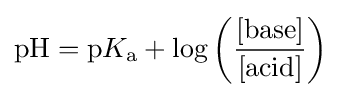
\mathrm {pH} =\mathrm {p} K_{\mathrm {a} }+\log \left({\frac {[{\mbox{base}}]}{[{\mbox{acid}}]}}\right)